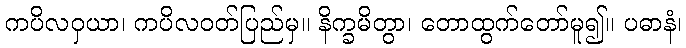
ကပိလဝှယာ၊ ကပိလဝတ်ပြည်မှ။ နိက္ခမိတွာ၊ တောထွက်တော်မူ၍။ ပဓာနံ၊